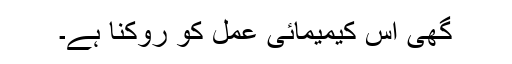
گھی اس کیمیمائی عمل کو روکنا ہے۔